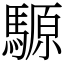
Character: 騵